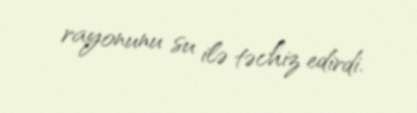
rayonunu su ilə təchiz edirdi.